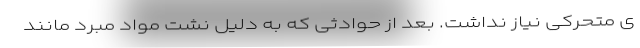
ی متحرکی نیاز نداشت. بعد از حوادثی که به دلیل نشت مواد مبرد مانند